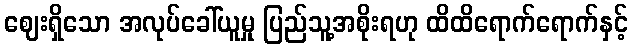
ဈေးရှိသော အလုပ်ခေါ်ယူမှု ပြည်သူ့အစိုးရဟု ထိထိရောက်ရောက်နှင့်